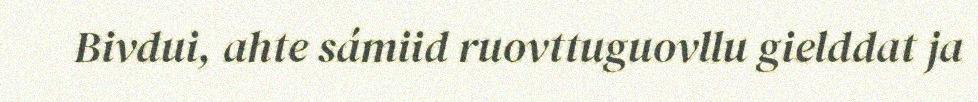
Bivdui, ahte sámiid ruovttuguovllu gielddat ja